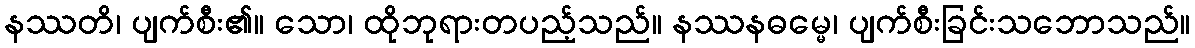
နဿတိ၊ ပျက်စီး၏။ သော၊ ထိုဘုရားတပည့်သည်။ နဿနဓမ္မေ၊ ပျက်စီးခြင်းသဘောသည်။